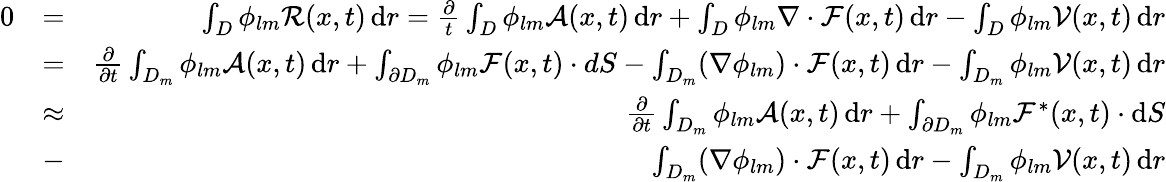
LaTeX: \begin{array}{rlr}{0}&{=}&{\int_{D}\phi_{lm}\mathcal{R}(x,t)\, \mathrm{d}r=\frac{\partial}{t}\int_{D}\phi_{lm}\mathcal{A}(x,t)\, \mathrm{d}r+\int_{D}\phi_{lm}\nabla\cdot\mathcal{F}(x,t)\, \mathrm{d}r-\int_{D}\phi_{lm}\mathcal{V}(x,t)\, \mathrm{d}r}\\ &{=}&{\frac{\partial}{\partial t}\int_{D_{m}}\phi_{lm}\mathcal{A}(x,t)\, \mathrm{d}r+\int_{\partial D_{m}}\phi_{lm}\mathcal{F}(x,t)\cdot dS-\int_{D_{m}}(\nabla\phi_{lm})\cdot\mathcal{F}(x,t)\, \mathrm{d}r-\int_{D_{m}}\phi_{lm}\mathcal{V}(x,t)\, \mathrm{d}r}\\ &{\approx}&{\frac{\partial}{\partial t}\int_{D_{m}}\phi_{lm}\mathcal{A}(x,t)\, \mathrm{d}r+\int_{\partial D_{m}}\phi_{lm}\mathcal{F}^{*}(x,t)\cdot\mathrm{d}S}\\ &{-}&{\int_{D_{m}}(\nabla\phi_{lm})\cdot\mathcal{F}(x,t)\, \mathrm{d}r-\int_{D_{m}}\phi_{lm}\mathcal{V}(x,t)\, \mathrm{d}r}\end{array}